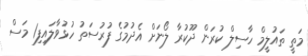
މަތީ ތައުލީމް ހާސިލް ކުރަން ދޫކުރާ ލޯނަށް އެދުމުގެ ފުރުސަތު ހުޅުވާލައިފި1 މަސް